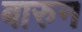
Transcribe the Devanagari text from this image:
बारुन